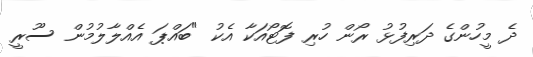
ދެ މީހުންގެ ދަރިފުޅު ރޯން ހުރި ފޮޓޯއަކާ އެކު "ބައްޕަ އެއްލާލުމުން ސޫރީ